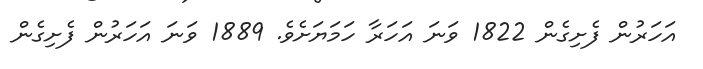
އަހަރުން ފެށިގެން 1822 ވަނަ އަހަރާ ހަމަޔަށެވެ. 1889 ވަނަ އަހަރުން ފެށިގެން